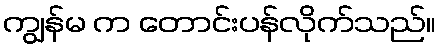
ကျွန်မ က တောင်းပန်လိုက်သည်။